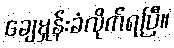
ချေမှုန်းခံလိုက်ရပြီ။